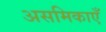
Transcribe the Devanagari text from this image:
असमिकाएँ